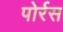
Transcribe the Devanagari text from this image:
पोर्रस